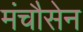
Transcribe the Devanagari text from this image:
मंचौसेन